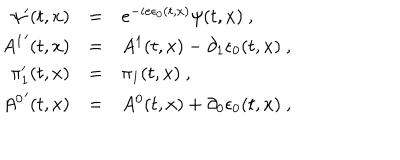
\begin{array} { r c l } { { \psi ^ { \prime } ( t , x ) } } & { { = } } & { { e ^ { - i e \epsilon _ { 0 } ( t , x ) } \psi ( t , x ) \ , } } \\ { { { A ^ { 1 } } ^ { \prime } ( t , x ) } } & { { = } } & { { A ^ { 1 } ( t , x ) - \partial _ { 1 } \epsilon _ { 0 } ( t , x ) \ , } } \\ { { \pi _ { 1 } ^ { \prime } ( t , x ) } } & { { = } } & { { \pi _ { 1 } ( t , x ) \ , \ } } \\ { { { A ^ { 0 } } ^ { \prime } ( t , x ) } } & { { = } } & { { A ^ { 0 } ( t , x ) + \partial _ { 0 } \epsilon _ { 0 } ( t , x ) \ , } } \\ \end{array}